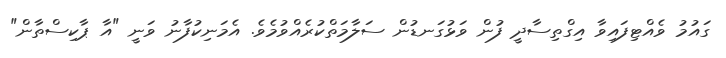
ގައުމު ވެއްޓިފައިވާ އިގްތިސާދީ ފުން ވަޅުގަނޑުން ސަލާމަތްކުރެއްވުމެވެ. އެމަނިކުފާނު ވަނީ "އާ ޕާކިސްތާން"